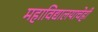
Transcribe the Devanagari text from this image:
महाविद्यालयाचेही